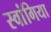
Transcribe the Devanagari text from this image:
स्वांगिया